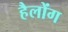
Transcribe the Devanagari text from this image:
हैलोंग